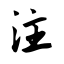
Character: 注